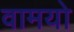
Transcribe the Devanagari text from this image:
वामयो